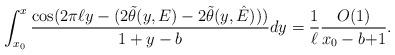
LaTeX: \begin{align*} \int_{x_0}^x \frac{\cos(2\pi \ell y- (2\tilde{\theta}(y,{E})-2\tilde{\theta}(y,\hat{E}))) }{1+y-b}dy=\frac{1}{\ell}\frac{O(1)}{x_0-b{+1}}.\end{align*}